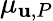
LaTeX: \mu_{\mathbf{u},P}